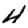
Digit: 4